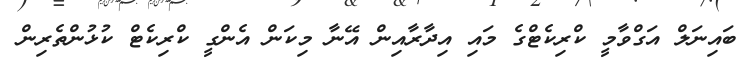
ބައިނަލް އަގްވާމީ ކްރިކެޓްގެ މައި އިދާރާއިން އޭނާ މިކަން އެންގީ ކްރިކެޓް ކުޅުންތެރިން